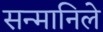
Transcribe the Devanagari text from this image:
सन्मानिले